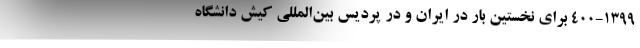
۴۰۰-۱۳۹۹ برای نخستین بار در ایران و در پردیس بین‌المللی کیش دانشگاه